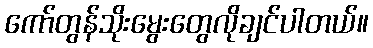
ကော်တွန်သိုးမွေးတွေလိုချင်ပါတယ်။